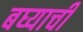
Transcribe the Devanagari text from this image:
बघ्याची